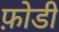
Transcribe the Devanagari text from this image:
फ़ोडी